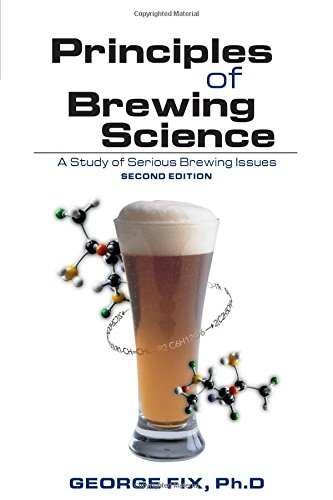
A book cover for Principles of Brewing Science: A Study of Serious Brewing Issues; George Fix; Cookbooks, Food & Wine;